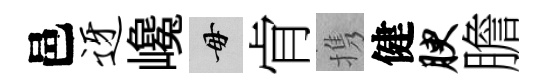
邑迓巉毋肻携健腴膽